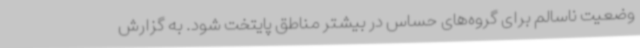
وضعیت ناسالم برای گروه‌های حساس در بیشتر مناطق پایتخت شود. به گزارش